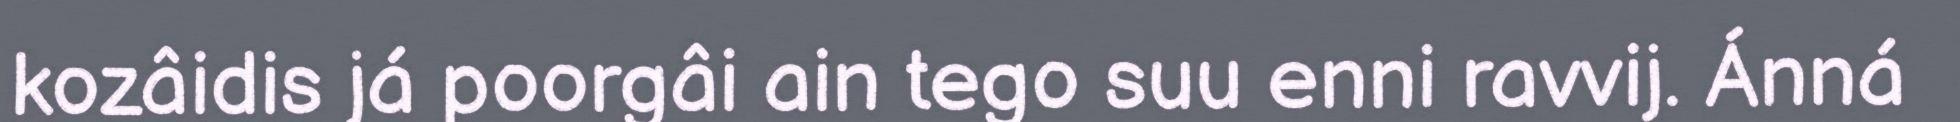
kozâidis já poorgâi ain tego suu enni ravvij. Ánná